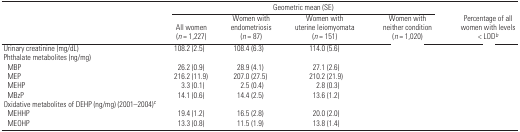
<table><thead><tr><td>[EMPTY_CELL]</td><td colspan="4"><b>Geometric mean (SE)</b></td><td>[EMPTY_CELL]</td></tr><tr><td>[EMPTY_CELL]</td><td><b>All women (<i>n</i>= 1,227)</b></td><td><b>Women with endometriosis (<i>n</i>= 87)</b></td><td><b>Women with uterine leiomyomata (<i>n</i>= 151)</b></td><td><b>Women with neither condition (<i>n</i>= 1,020)</b></td><td><b>Percentage of all women with levels &lt; LODb</b></td></tr></thead><tbody><tr><td>Urinary creatinine (mg/dL)</td><td>108.2 (2.5)</td><td>108.4 (6.3)</td><td>114.0 (5.6)</td><td>[EMPTY_CELL]</td><td>[EMPTY_CELL]</td></tr><tr><td colspan="6">Phthalate metabolites (ng/mg)</td></tr><tr><td> MBP</td><td>26.2 (0.9)</td><td>28.9 (4.1)</td><td>27.1 (2.6)</td><td>[EMPTY_CELL]</td><td>[EMPTY_CELL]</td></tr><tr><td> MEP</td><td>216.2 (11.9)</td><td>207.0 (27.5)</td><td>210.2 (21.9)</td><td>[EMPTY_CELL]</td><td>[EMPTY_CELL]</td></tr><tr><td> MEHP</td><td>3.3 (0.1)</td><td>2.5 (0.4)</td><td>2.8 (0.3)</td><td>[EMPTY_CELL]</td><td>[EMPTY_CELL]</td></tr><tr><td> MBzP</td><td>14.1 (0.6)</td><td>14.4 (2.5)</td><td>13.6 (1.2)</td><td>[EMPTY_CELL]</td><td>[EMPTY_CELL]</td></tr><tr><td colspan="6">Oxidative metabolites of DEHP (ng/mg) (2001–2004)c</td></tr><tr><td> MEHHP</td><td>19.4 (1.2)</td><td>16.5 (2.8)</td><td>20.0 (2.0)</td><td>[EMPTY_CELL]</td><td>[EMPTY_CELL]</td></tr><tr><td> MEOHP</td><td>13.3 (0.8)</td><td>11.5 (1.9)</td><td>13.8 (1.4)</td><td>[EMPTY_CELL]</td><td>[EMPTY_CELL]</td></tr></tbody></table>